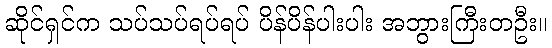
ဆိုင်ရှင်က သပ်သပ်ရပ်ရပ် ပိန်ပိန်ပါးပါး အဘွားကြီးတဦး။